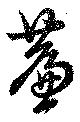
簾